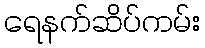
ရေနက်ဆိပ်ကမ်း